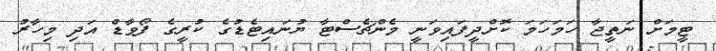
ޓީމަށް ނަތީޖާ ހަމަހަމަ ކޮށްދީފައިވަނީ މެންޗެސްޓާ ޔުނައިޓެޑުގެ ކުރީގެ ފޯވާޑް އަދި މިހާރު